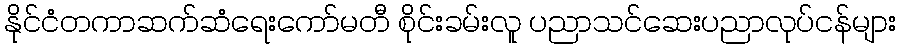
နိုင်ငံတကာဆက်ဆံရေးကော်မတီ စိုင်းခမ်းလူ ပညာသင်ဆေးပညာလုပ်ငန်များ